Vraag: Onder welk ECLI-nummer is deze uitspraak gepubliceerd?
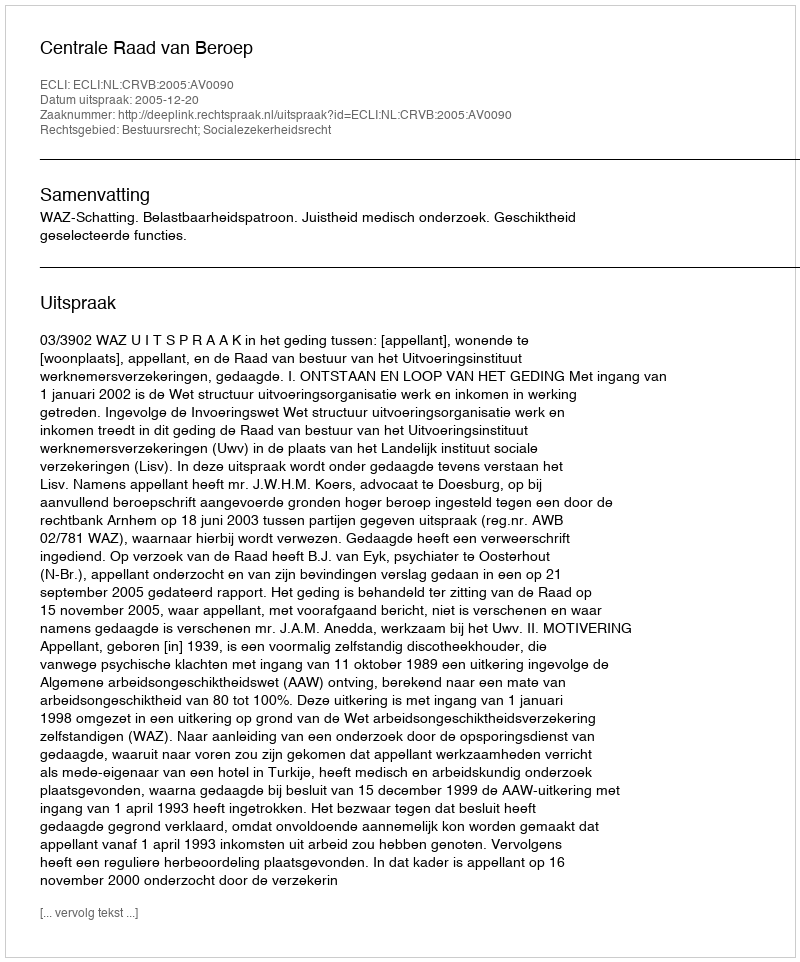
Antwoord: ECLI:NL:CRVB:2005:AV0090